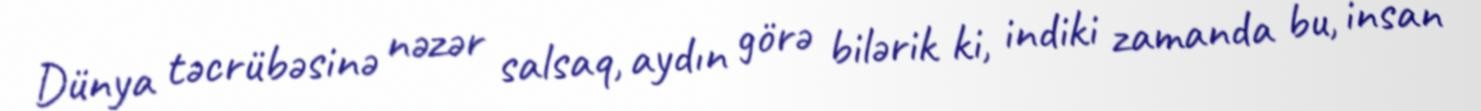
Dünya təcrübəsinə nəzər salsaq, aydın görə bilərik ki, indiki zamanda bu, insan